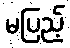
မပြည့်